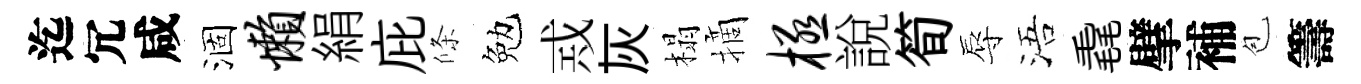
迄冗咸涸懒絹庇條勉𢦶灰榻摘极說筍辱浯毳擘補苞籌